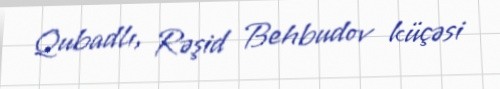
Qubadlı, Rəşid Behbudov küçəsi